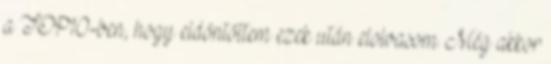
a TOP10-ben, hogy eldöntöttem ezek után elolvasom. Még akkor